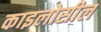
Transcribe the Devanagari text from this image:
काइलोसील